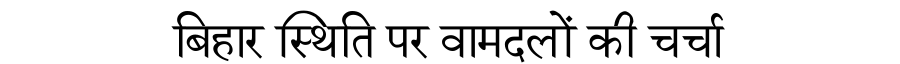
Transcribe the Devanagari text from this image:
बिहार स्थिति पर वामदलों की चर्चा